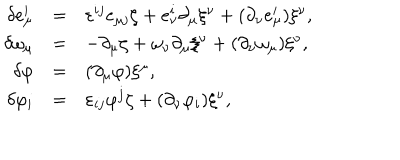
\begin{array} { r c l } { { \delta e _ { \mu } ^ { i } } } & { { = } } & { { \varepsilon ^ { i j } e _ { \mu j } \zeta + e _ { \nu } ^ { i } \partial _ { \mu } \xi ^ { \nu } + ( \partial _ { \nu } e _ { \mu } ^ { i } ) \xi ^ { \nu } , } } \\ { { \delta \omega _ { \mu } } } & { { = } } & { { - \partial _ { \mu } \zeta + \omega _ { \nu } \partial _ { \mu } \xi ^ { \nu } + ( \partial _ { \nu } \omega _ { \mu } ) \xi ^ { \nu } , } } \\ { { \delta \varphi } } & { { = } } & { { ( \partial _ { \mu } \varphi ) \xi ^ { \mu } , } } \\ { { \delta \varphi _ { i } } } & { { = } } & { { \varepsilon _ { i j } \varphi ^ { j } \zeta + ( \partial _ { \nu } \varphi _ { i } ) \xi ^ { \nu } , } } \\ \end{array}